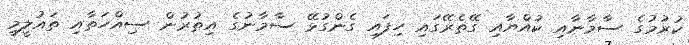
ކުރުމުގެ ސާމާނާއި ކުއްޔާއި ގޭތެރޭގައި ހިފައި ގެންގުޅޭ ސާމާނުގެ އިތުރުން ސިއްހަތާއި ތައުލީމީ